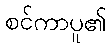
စင်ကာပူ၏